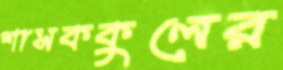
শাসককুলের